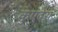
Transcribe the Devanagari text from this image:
कुएदेस